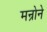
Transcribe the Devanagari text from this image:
मन्रोने